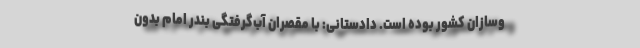
وسازان کشور بوده است. دادستانی: با مقصران آب‌گرفتگی بندر امام بدون